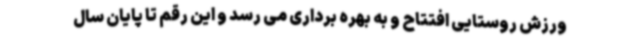
ورزش روستایی افتتاح و به بهره برداری می رسد و این رقم تا پایان سال